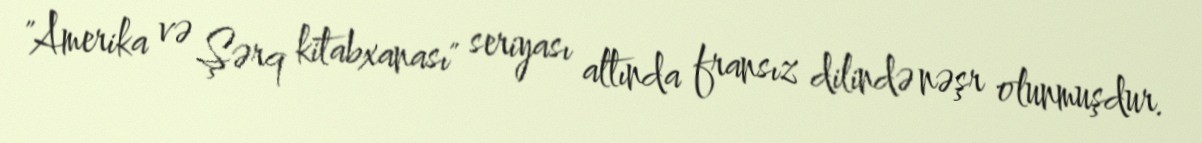
"Amerika və Şərq kitabxanası" seriyası altında fransız dilində nəşr olunmuşdur.